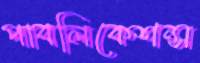
পাবলিকেশন্স